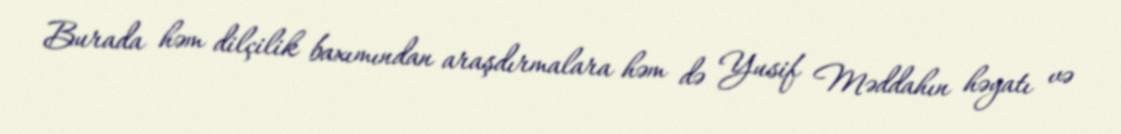
Burada həm dilçilik baxımından araşdırmalara həm də Yusif Məddahın həyatı və